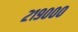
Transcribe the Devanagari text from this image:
२१९०००